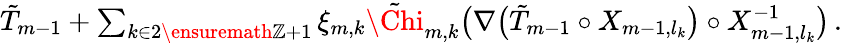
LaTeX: \begin{array}{r}{\tilde{T}_{m-1}+\sum_{k\in 2\ensuremath{\mathbb{Z}}+1}\xi_{m,k}\tilde{\Chi}_{m,k}\bigl(\nabla\bigl(\tilde{T}_{m-1}\circ X_{m-1,l_{k}}\bigr)\circ X_{m-1,l_{k}}^{-1}\bigr)\, .}\end{array}